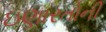
ઇણારતોની